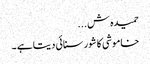
حمیدہ ش...
خاموشی کا شور سنائی دیتا ہے ۔